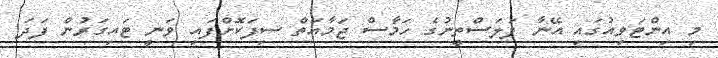
މި އިންޓަވިއުގައި އޭނާ ފަލަސްތީނުގެ ހަމާސް ޖަމާއަތް ސިފަކޮށްފައި ވަނީ ޓައިގަރުން ފަދަ